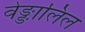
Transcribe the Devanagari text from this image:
वेङ्ङालिल